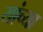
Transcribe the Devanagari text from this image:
यांंच्या